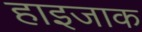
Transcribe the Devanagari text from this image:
हाइजाक